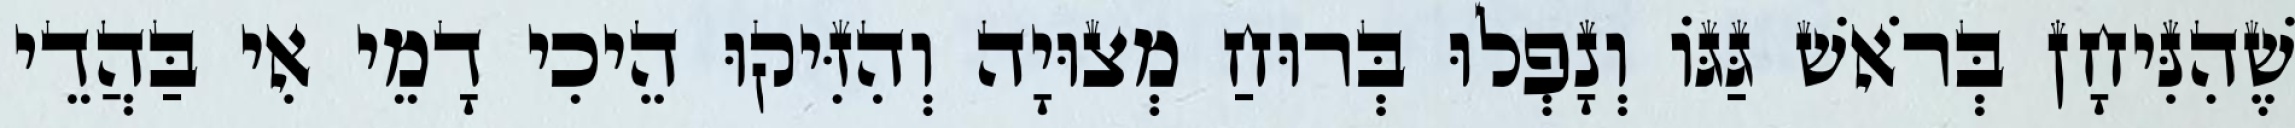
שֶׁהִנִּיחָן בְּרֹאשׁ גַּגּוֹ וְנָפְלוּ בְּרוּחַ מְצוּיָה וְהִזִּיקוּ הֵיכִי דָמֵי אִי בַּהֲדֵי